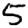
Digit: 5